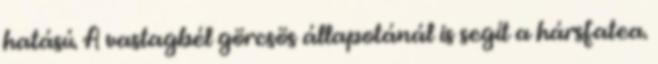
hatású. A vastagbél görcsös állapotánál is segít a hársfatea.